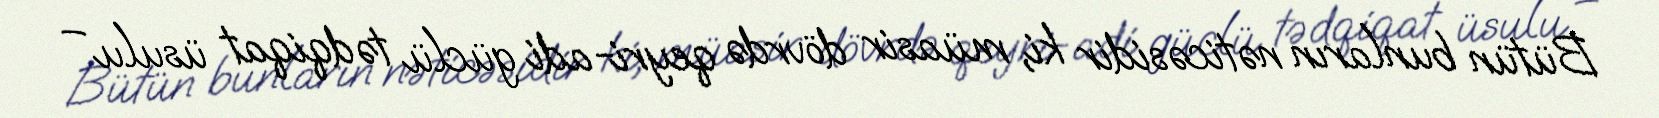
Bütün bunların nəticəsidir ki, müasir dövrdə qeyri-adi güclü tədqiqat üsulu –